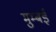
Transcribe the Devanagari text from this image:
मुम्बईं